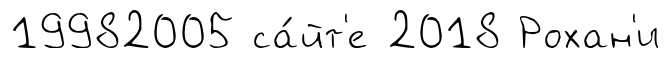
19982005 са́йт'е 2018 Рохан'и